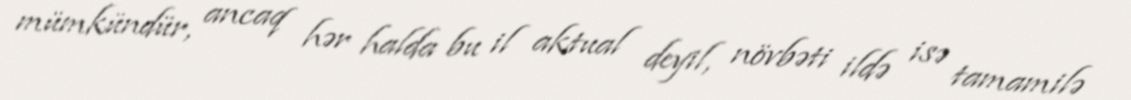
mümkündür, ancaq hər halda bu il aktual deyil, növbəti ildə isə tamamilə